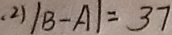
( 2 ) \vert B - A \vert = 3 7